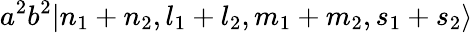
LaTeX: a^{2}b^{2}|n_{1}+n_{2},l_{1}+l_{2},m_{1}+m_{2},s_{1}+s_{2}\rangle